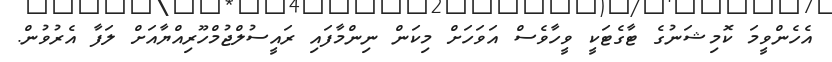
އެހެންވީމަ ކޮމިޝަނުގެ ޓާގެޓަކީ ވީހާވެސް އަވަހަށް މިކަން ނިންމާފައި ރައީސުލްޖުމްހޫރިއްޔާއަށް ލަފާ އެރުވުން.